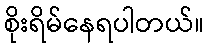
စိုးရိမ်နေရပါတယ်။